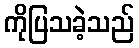
ကိုပြသခဲ့သည်